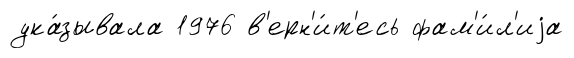
ука́зывала 1976 в'ерн'и́т'есь фам'и́л'иjа